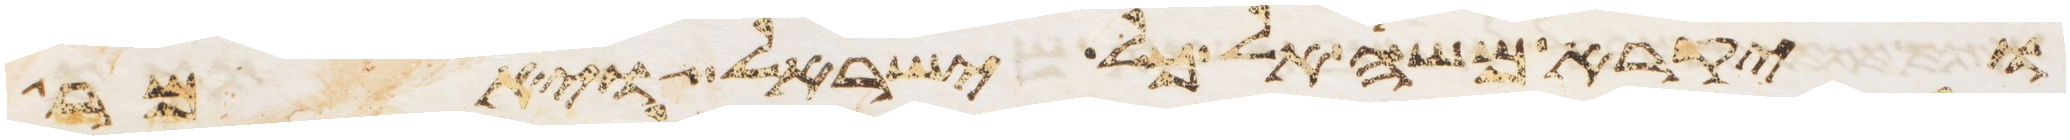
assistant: ויקרא משה אל כל ישראל ויאמר